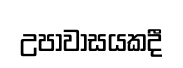
උපාවාසයකදී